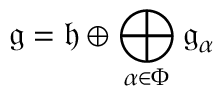
{ \mathfrak { g } } = { \mathfrak { h } } \oplus \bigoplus _ { \alpha \in \Phi } { \mathfrak { g } } _ { \alpha }